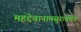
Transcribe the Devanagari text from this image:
महद्देवानामसुरत्वमेकं